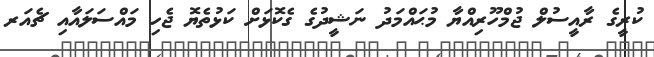
ކުރީގެ ރާއީސުލް ޖުމްހޫރިއްޔާ މުޙައްމަދު ނަޝީދުގެ ގެކޮޅަށް ކަޅުތެޔޮ ޖެހި މައްސަލައާއި ޗެއަރ